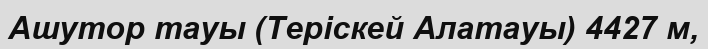
Ашутор тауы (Теріскей Алатауы) 4427 м,